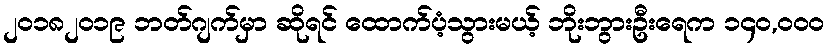
၂၀၁၈၂၀၁၉ ဘတ်ဂျက်မှာ ဆိုရင် ထောက်ပံ့သွားမယ့် ဘိုးဘွားဦးရေက ၁၄၀,၀၀၀